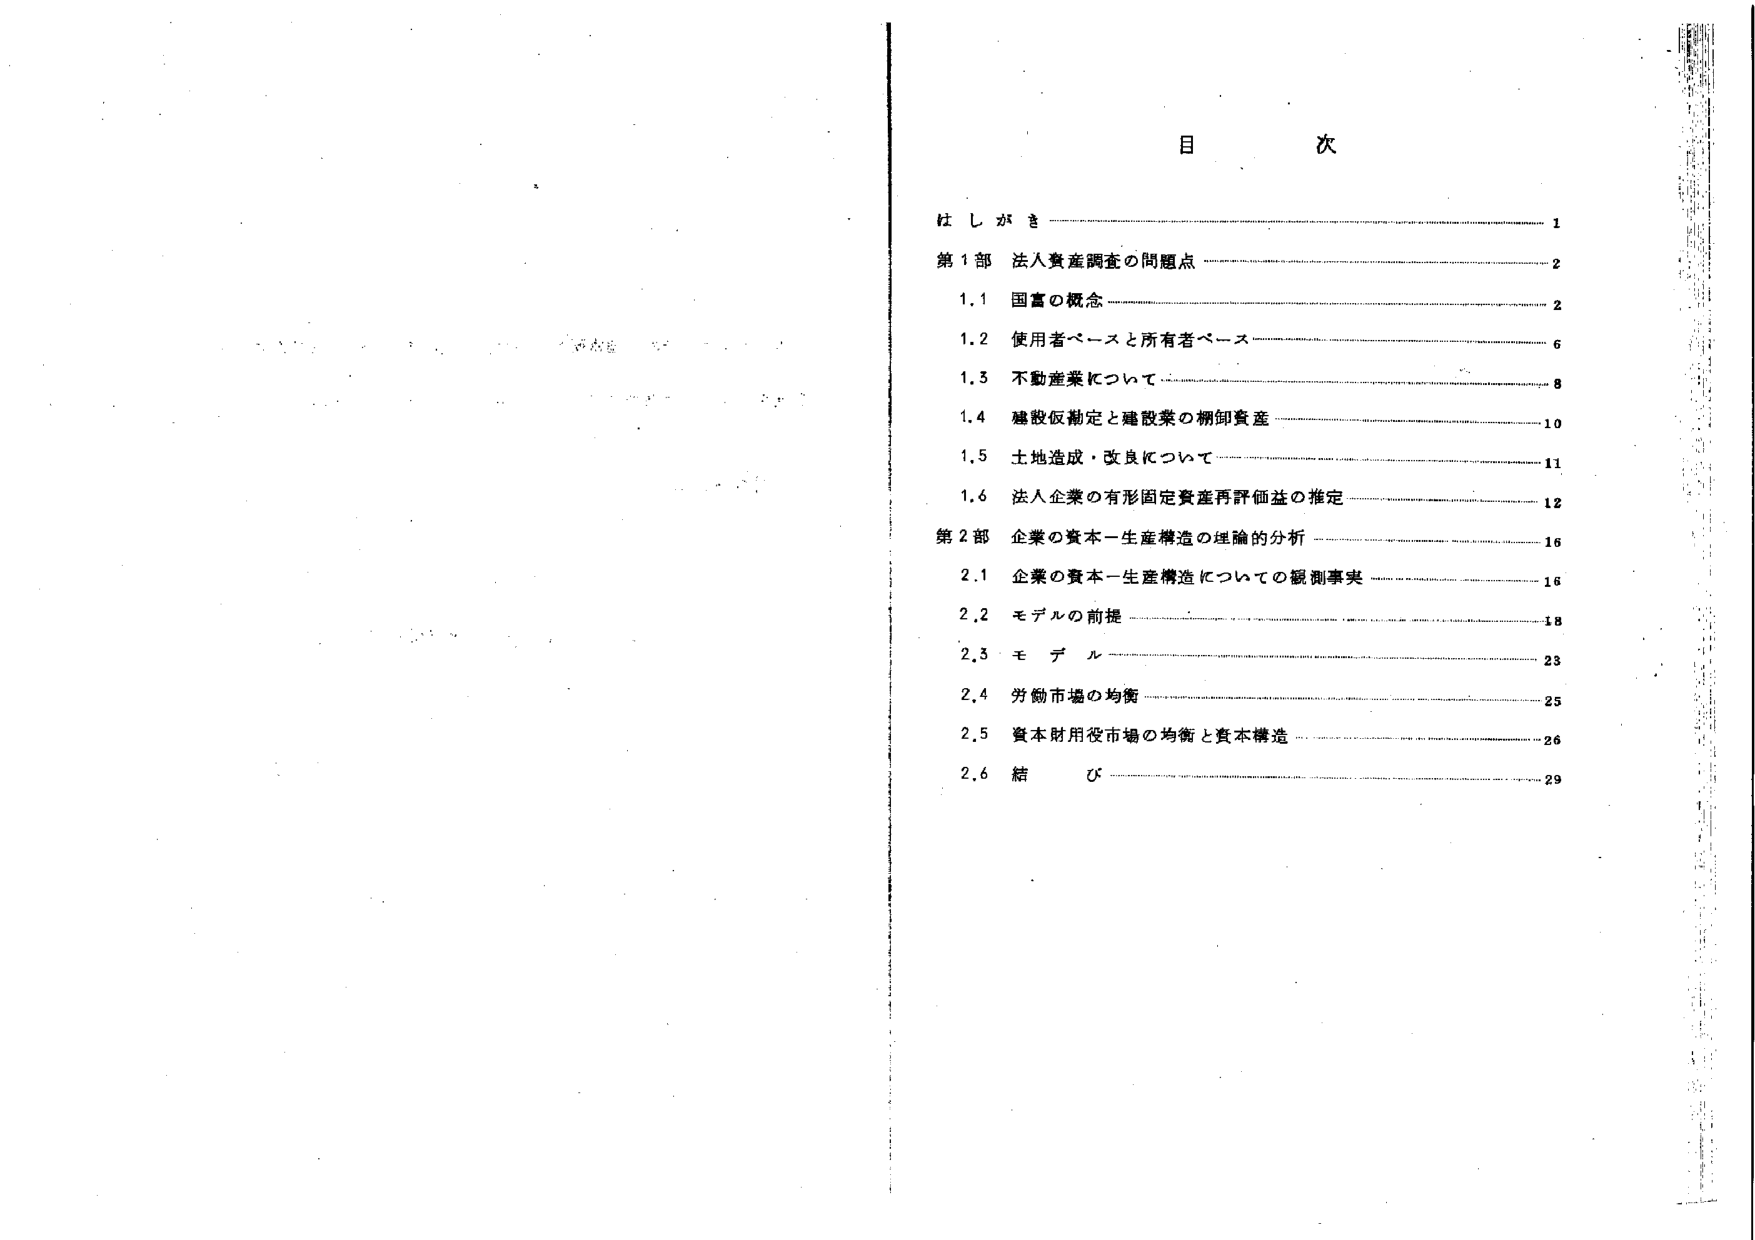
目 次

はしがき 1
第1部 法人資産調査の問題点 2
1.1 国富の概念 2
1.2 使用者ベースと所有者ベース 6
1.3 不動産業について 8
1.4 建設仮勘定と建設業の棚卸資産 10
1.5 土地造成・改良について 11
1.6 法人企業の有形固定資産再評価益の推定 12
第2部 企業の資本－生産構造の理論的分析 16
2.1 企業の資本－生産構造についての観測事実 16
2.2 モデルの前提 18
2.3 モデル 23
2.4 労働市場の均衡 25
2.5 資本財用役市場の均衡と資本構造 26
2.6 結び 29